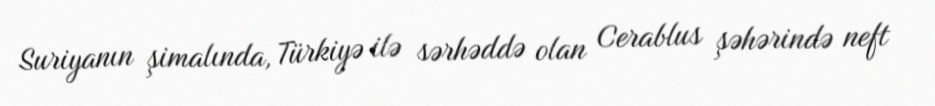
Suriyanın şimalında, Türkiyə ilə sərhəddə olan Cerablus şəhərində neft